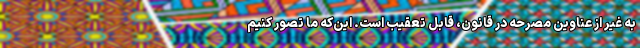
به غیر از عناوین مصرحه در قانون، قابل تعقیب است. این‌که ما تصور کنیم